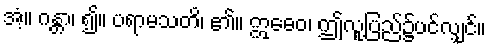
အံ့။ ဂန္တာ၊ ၍။ ပရာမသတိ၊ ၏။ ဣဓေဝ၊ ဤလူ့ပြည်၌ပင်လျှင်။